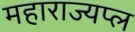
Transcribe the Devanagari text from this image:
महाराज्यप्ल